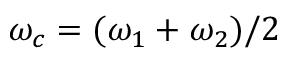
\omega _ { c } = ( \omega _ { 1 } + \omega _ { 2 } ) / 2